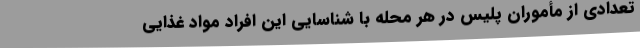
تعدادی از مأموران پلیس در هر محله با شناسایی این افراد مواد غذایی